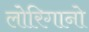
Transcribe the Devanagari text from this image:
लोरिगानो